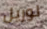
لوريل